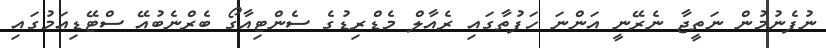
ނުފެނުމުން ނަތީޖާ ނެރޭނީ އަންނަ ހަފުތާގައި ރެއާލް މެޑްރިޑުގެ ސެންޓިއާގޯ ބެރްނެބުއޭ ސްޓޭޑިއަމުގައި